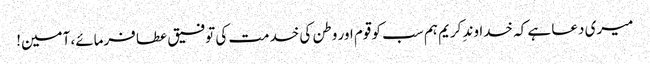
میری دعا ہے کہ خداوندِ کریم ہم سب کو قوم اور وطن کی خدمت کی توفیق عطا فرمائے، آمین!